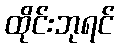
ထိုင်းဘုရင်